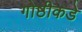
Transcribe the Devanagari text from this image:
गोष्ठीकडे